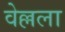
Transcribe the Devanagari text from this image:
वेल्लला